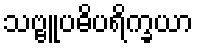
သဗ္ဗူပဓိပရိက္ခယာ